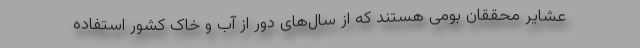
عشایر محققان بومی هستند که از سال‌های دور از آب و خاک کشور استفاده